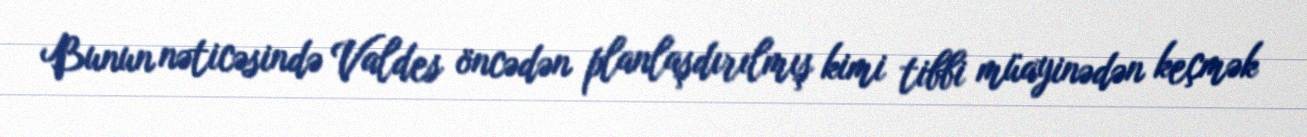
Bunun nəticəsində Valdes öncədən planlaşdırılmış kimi tibbi müayinədən keçmək